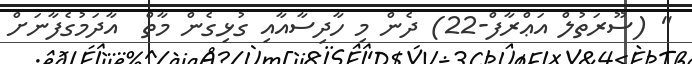
'' (ސޫރަތުލް އަޢްރާފް-22) ދެން މި ހާދިސާއާއި ގުޅިގެން މާތް  އާދަމުގެފާނަށް